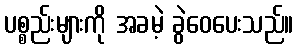
ပစ္စည်းများကို အခမဲ့ ခွဲဝေပေးသည်။